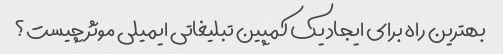
بهترین راه برای ایجاد یک کمپین تبلیغاتی ایمیلی موثر چیست؟